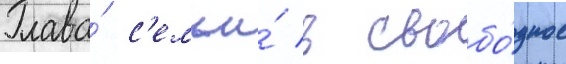
Глава́ с'емьи́ в свобо́дное